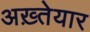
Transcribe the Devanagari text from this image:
अख़्तेयार